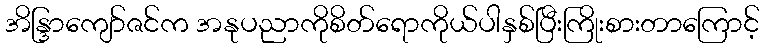
အိန္ဒြာကျော်ဇင်က အနုပညာကိုစိတ်ရောကိုယ်ပါနှစ်ပြီးကြိုးစားတာကြောင့်